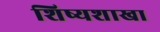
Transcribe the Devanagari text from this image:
शिष्यशाखा